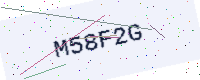
Text: M58F2G